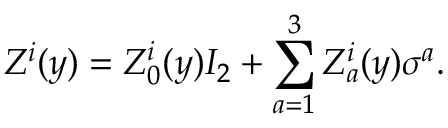
Z ^ { i } ( y ) = Z _ { 0 } ^ { i } ( y ) I _ { 2 } + \sum _ { a = 1 } ^ { 3 } Z _ { a } ^ { i } ( y ) \sigma ^ { a } .